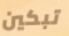
تبكين